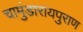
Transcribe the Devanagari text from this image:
चामुंडारायपुराण